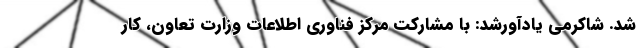
شد. شاکرمی یادآورشد: با مشارکت مرکز فناوری اطلاعات وزارت تعاون، کار